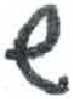
אות: ש